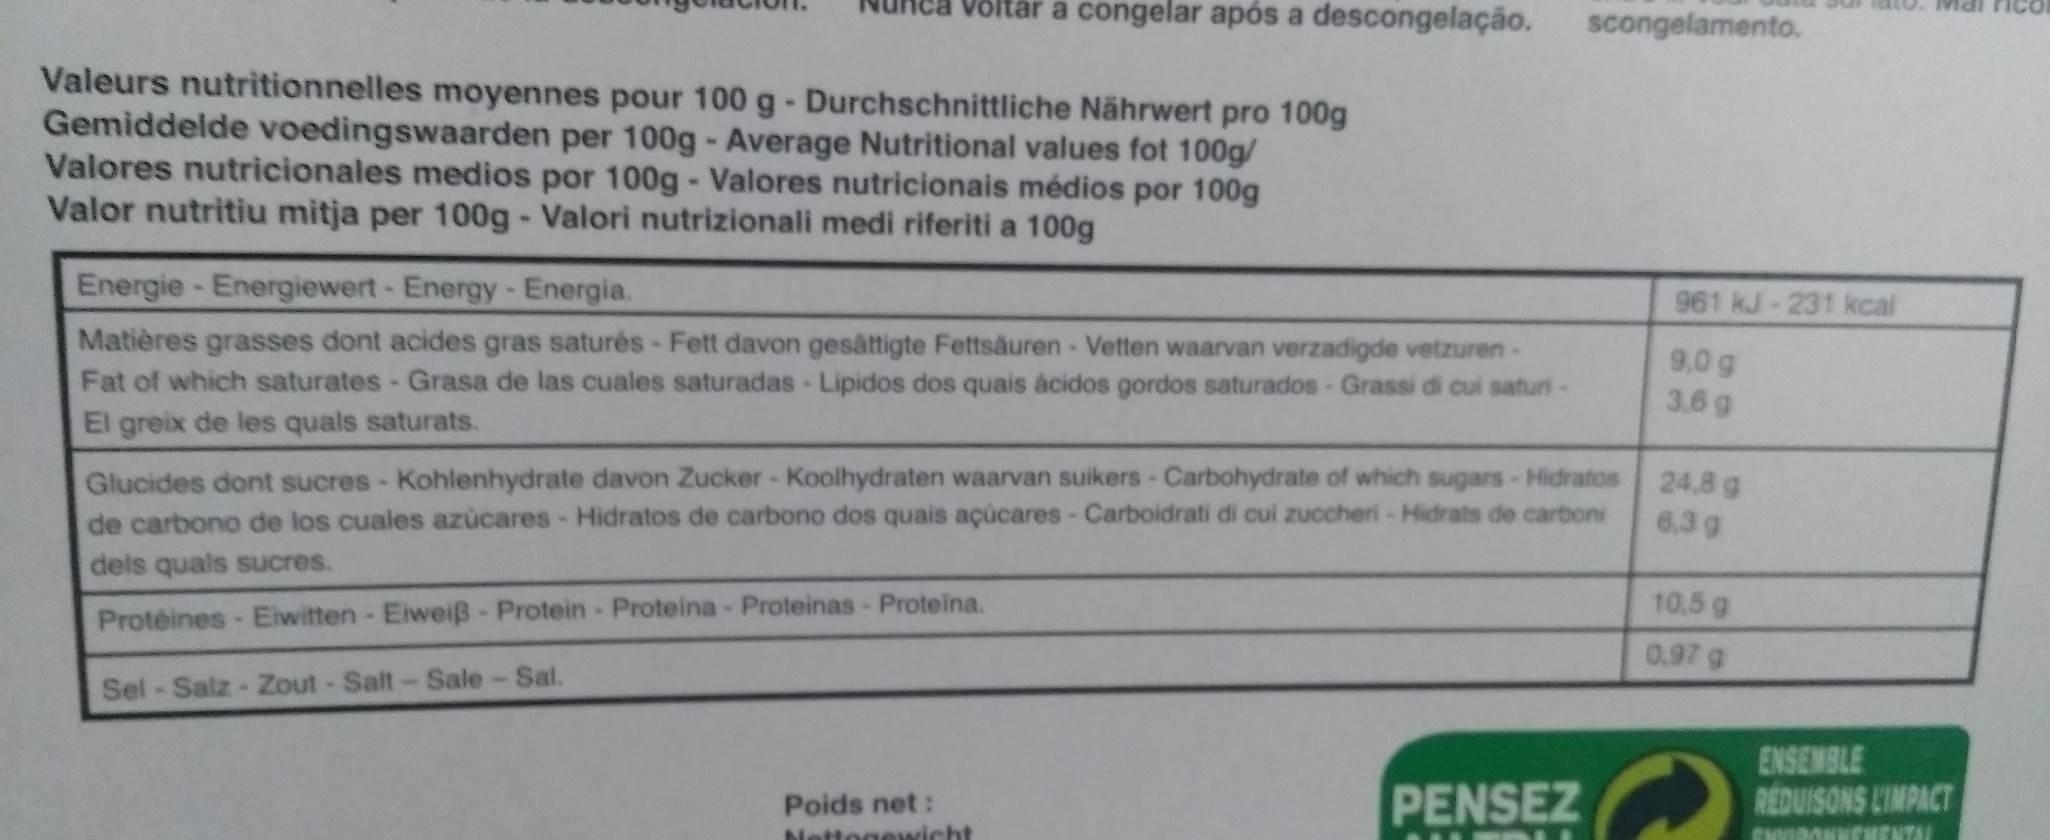
Võltär a congelar após a descongelação.
scongelamento.
Valeurs nutritionnelles moyennes pour 100 g- Durchschnittliche Nährwert pro 100g Gemiddelde voedingswaarden per 100g- Average Nutritional values fot 100g/ Valores nutricionales medios por 100g- Valores nutricionais médios por 100g Valor nutritiu mitja per 100g-Valori nutrizionali medi riferiti a 100g
Energie-Energiewert- Energy-Energia.
961 kJ-231 kcal
Matières grasses dont acides gras saturés- Fett davon gesättigte Fettsäuren- Vetten waarvan verzadigde vetzuren- Fat of which saturates - Grasa de las cuales saturadas- Lipidos dos quais ácidos gordos saturados- Grassi di cui saturi- El greix de les quals saturats.
9,0 g 3.6 g
Glucides dont sucres- Kohlenhydrate davon Zucker- Koolhydraten waarvan suikers - Carbohydrate of which sugars-Hidratos 24,8 g de carbono de los cuales azúcares - Hidratos de carbono dos quais açucares- Carboidrati di cui zuccheri- Hidrats de carboni
6,3 g
dels quals sucres.
10,5 g
Proteines- Eiwitten - Elweiß- Protein- Proteina- Proteinas- Proteina.
0.97 g
Sel-Salz- Zout-Salt-Sale- Sal.
ENSEMBLE
PENSEZ
REDUISONS LIMPACT
Poids net :
Nettogewicht